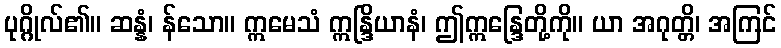
ပုဂ္ဂိုလ်၏။ ဆန္နံ၊ န်သော။ ဣမေသံ ဣန္ဒြိယာနံ၊ ဤဣန္ဒြေတို့ကို။ ယာ အဂုတ္တိ၊ အကြင်